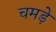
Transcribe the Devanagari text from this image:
चमडे़